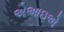
એઆઇએ